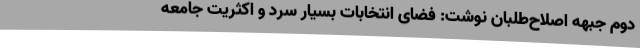
دوم جبهه اصلاح‌طلبان نوشت: فضای انتخابات بسیار سرد و اکثریت جامعه